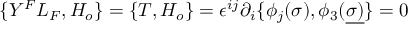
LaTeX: \{ Y ^ { F } L _ { F } , { \cal H } _ { o } \} = \{ T , { \cal H } _ { o } \} = \epsilon ^ { i j } \partial _ { i } \{ \phi _ { j } ( \sigma ) , \phi _ { 3 } ( \underline { { { \sigma ) } } } \} = 0